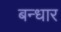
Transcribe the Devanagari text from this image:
बन्धार